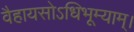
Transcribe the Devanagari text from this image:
वैहायसोऽधिभूम्याम्।